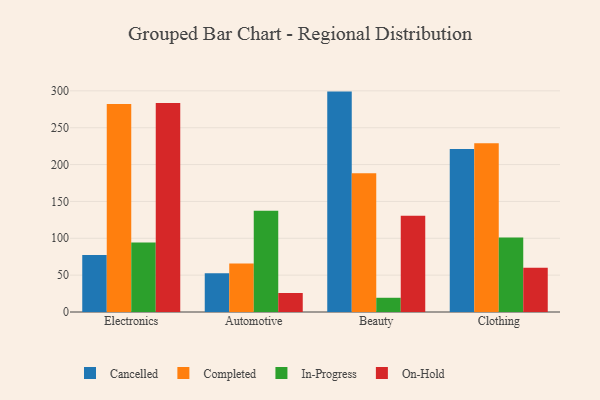
{"axis": {"x": "Category", "y": "Operating Costs (USD K)"}, "legend": ["Cancelled", "Completed", "In-Progress", "On-Hold"], "data": [{"x": "Electronics", "y": 77.2, "type": "Cancelled"}, {"x": "Electronics", "y": 282.3, "type": "Completed"}, {"x": "Electronics", "y": 94.4, "type": "In-Progress"}, {"x": "Electronics", "y": 283.7, "type": "On-Hold"}, {"x": "Automotive", "y": 52.6, "type": "Cancelled"}, {"x": "Automotive", "y": 65.7, "type": "Completed"}, {"x": "Automotive", "y": 137.3, "type": "In-Progress"}, {"x": "Automotive", "y": 25.8, "type": "On-Hold"}, {"x": "Beauty", "y": 299.0, "type": "Cancelled"}, {"x": "Beauty", "y": 188.4, "type": "Completed"}, {"x": "Beauty", "y": 19.3, "type": "In-Progress"}, {"x": "Beauty", "y": 130.5, "type": "On-Hold"}, {"x": "Clothing", "y": 221.2, "type": "Cancelled"}, {"x": "Clothing", "y": 228.8, "type": "Completed"}, {"x": "Clothing", "y": 101.2, "type": "In-Progress"}, {"x": "Clothing", "y": 60.0, "type": "On-Hold"}]}